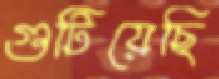
গুটিয়েছি